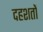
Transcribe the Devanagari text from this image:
दहशतों